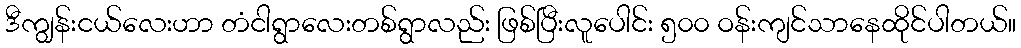
ဒီကျွန်းငယ်လေးဟာ တံငါရွာလေးတစ်ရွာလည်း ဖြစ်ပြီးလူပေါင်း ၅၀၀ ဝန်းကျင်သာနေထိုင်ပါတယ်။